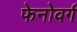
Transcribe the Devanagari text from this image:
फेनोवर्ग